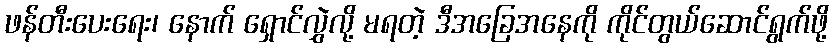
ဖန်တီးပေးရေး၊ နောက် ရှောင်လွှဲလို့ မရတဲ့ ဒီအခြေအနေကို ကိုင်တွယ်ဆောင်ရွက်ဖို့